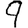
Digit: 9